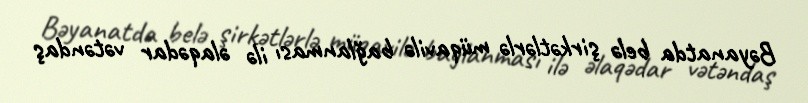
Bəyanatda belə şirkətlərlə müqavilə bağlanması ilə əlaqədar vətəndaş